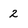
Character: 2